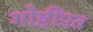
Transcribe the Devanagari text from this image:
गोष्टींप्रत